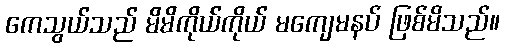
ကေသွယ်သည် မိမိကိုယ်ကိုယ် မကျေမနပ် ဖြစ်မိသည်။